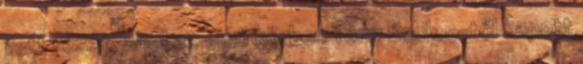
vett részt, ahol az első körben Tony Eccles-től kapott